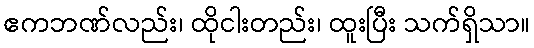
ဧကဘဏ်လည်း၊ ထိုငါးတည်း၊ ထူးပြီး သက်ရှိသာ။